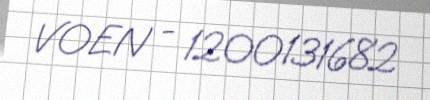
VOEN - 1200131682